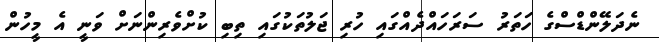
ނެދަލޭންޑްސްގެ ހަތަރު ސަރަހައްދެއްގައި ހުރި ޖަލުތަކުގައި ތިބި ކުށްވެރިންނަށް ވަނީ އެ މީހުން